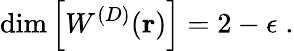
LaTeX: \mathrm{dim}\left[W^{({D})}({\mathbf r})\right]=2-\epsilon\; .